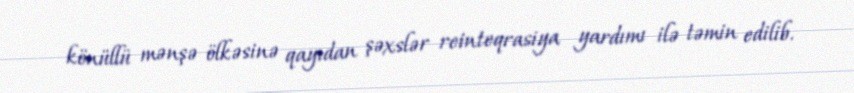
könüllü mənşə ölkəsinə qayıdan şəxslər reinteqrasiya yardımı ilə təmin edilib.